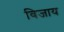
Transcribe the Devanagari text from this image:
विजाय